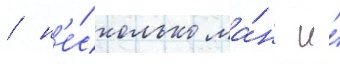
/ н'е́сколько ма́нг и́